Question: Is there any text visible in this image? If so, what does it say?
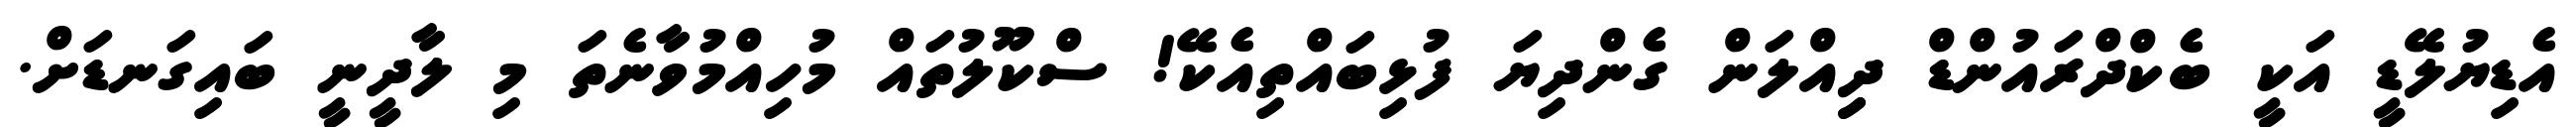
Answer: އެޑިޔުލޭޑީ އަކީ ބެކްދްރައުންޑް ދިިއްލަން ގެންދިޔަ ފުޅިބައްތިއެކޭ! ސްކޫލުތައް މުހިއްމުވާނެތަ މި ލާދީނީ ބައިގަނޑަށް.